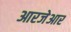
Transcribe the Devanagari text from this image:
आरजेआर